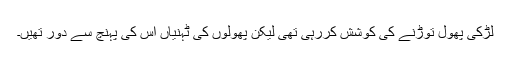
لڑکی پھول توڑنے کی کوشش کررہی تھی لیکن پھولوں کی ٹہنیاں اس کی پہنچ سے دور تھیں۔